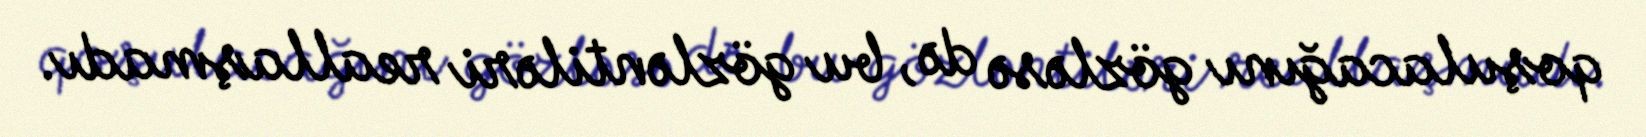
qoşulacağını gözləsə də, bu gözləntiləri reallaşmadı.